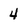
Character: 4